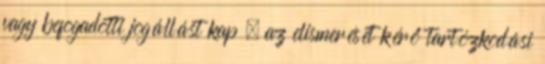
vagy befogadotti jogállást kap , az elismerését kérő tartózkodási